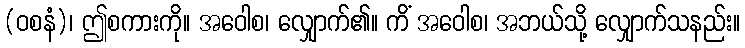
(ဝစနံ)၊ ဤစကားကို။ အဝေါစ၊ လျှောက်၏။ ကိံ အဝေါစ၊ အဘယ်သို့ လျှောက်သနည်း။